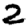
Digit: 2